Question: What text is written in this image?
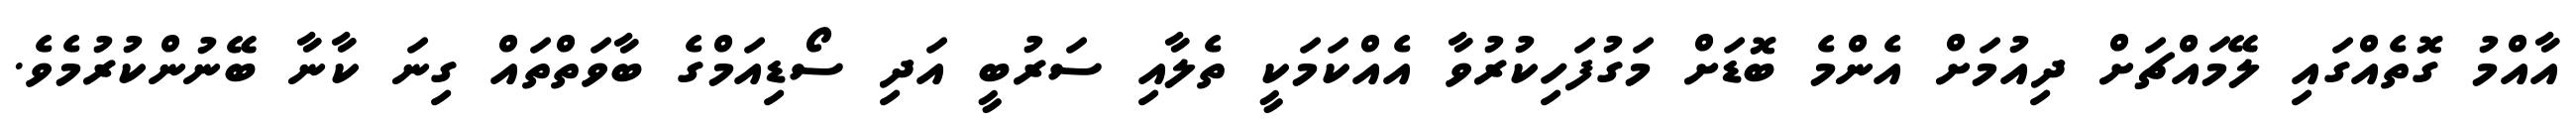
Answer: އާއްމު ގޮތެއްގައި ލޭމައްޗަށް ދިއުމަށް އެންމެ ބޮޑަށް މަގުފަހިކުރުވާ އެއްކަމަކީ ތެލާއި ސަރުބީ އަދި ސޯޑިއަމްގެ ބާވަތްތައް ގިނަ ކާނާ ބޭނުންކުރުމެވެ.